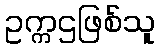
ဥက္ကဌဖြစ်သူ